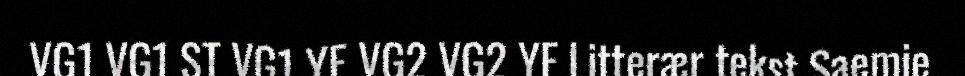
VG1 VG1 ST VG1 YF VG2 VG2 YF Litterær tekst Saemie